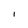
Character: i